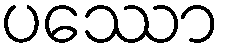
ပဿော